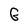
Character: G